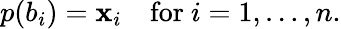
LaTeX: p(b_{i})=\mathbf{x}_{i}\quad{\mathrm{{for~}}}i=1,\ldots,n.